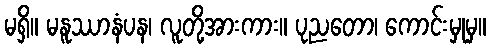
မရှိ။ မနူဿာနံပန၊ လူတို့အားကား။ ပုညတော၊ ကောင်းမှုမှ။